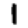
Digit: 1